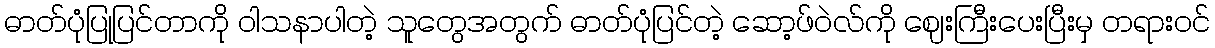
ဓာတ်ပုံပြုပြင်တာကို ဝါသနာပါတဲ့ သူတွေအတွက် ဓာတ်ပုံပြင်တဲ့ ဆော့ဖ်ဝဲလ်ကို ဈေးကြီးပေးပြီးမှ တရားဝင်